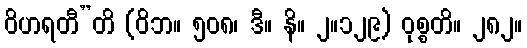
ဝိဟရတီ”တိ (ဝိဘ။ ၅၀၈၊ ဒီ။ နိ။ ၂။၁၂၉) ဝုစ္စတိ။ ၂၈၂။